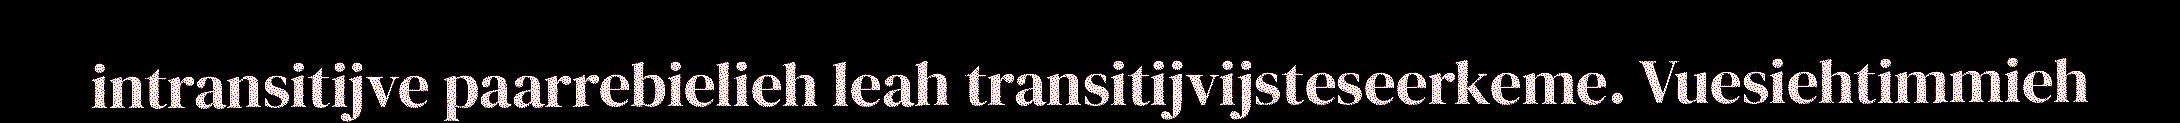
intransitijve paarrebielieh leah transitijvijsteseerkeme. Vuesiehtimmieh